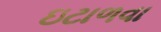
ઇટાળવા